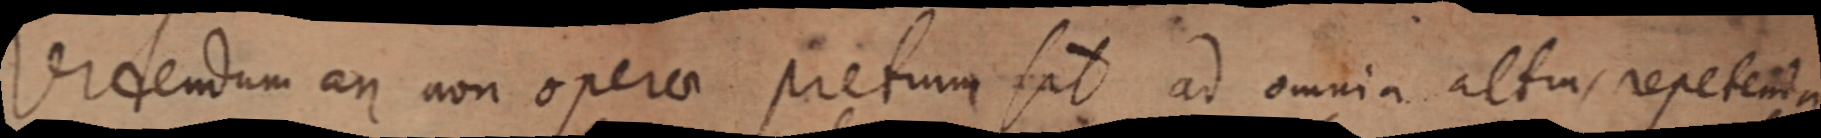
Videndum an non operae pretum sit ad omnia altus repetenta